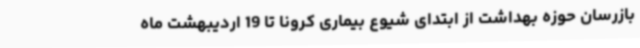
بازرسان حوزه بهداشت از ابتدای شیوع بیماری کرونا تا 19 اردیبهشت ماه